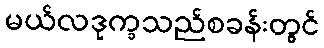
မယ်လဒုက္ခသည်စခန်းတွင်